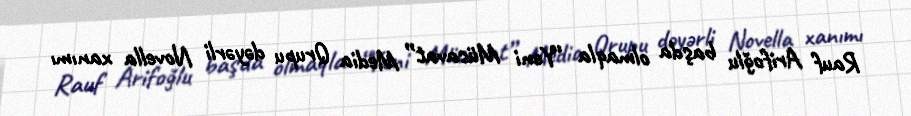
Rauf Arifoğlu başda olmaqla “Yeni Müsavat” Media Qrupu dəyərli Novella xanımı